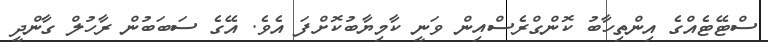
ސްޓޭޓެއްގެ އިންތިހާބު ކޮންގްރެސްއިން ވަނީ ކާމިޔާބުކޮށްފަ އެވެ. އޭގެ ސަބަބުން ރާހުލް ގާންދީ